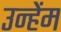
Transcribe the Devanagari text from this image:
उन्हेंम